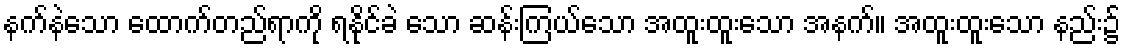
နက်နဲသော ထောက်တည်ရာကို ရနိုင်ခဲ သော ဆန်းကြယ်သော အထူးထူးသော အနက်။ အထူးထူးသော နည်း၌